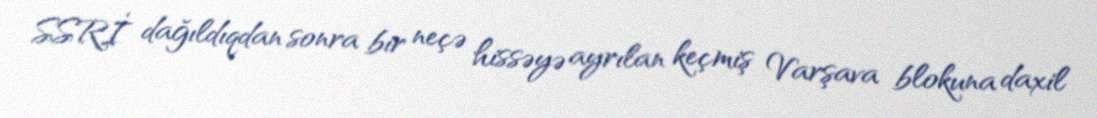
SSRİ dağıldıqdan sonra bir neçə hissəyə ayrılan keçmiş Varşava blokuna daxil